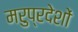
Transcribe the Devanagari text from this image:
मरुप्रदेशों